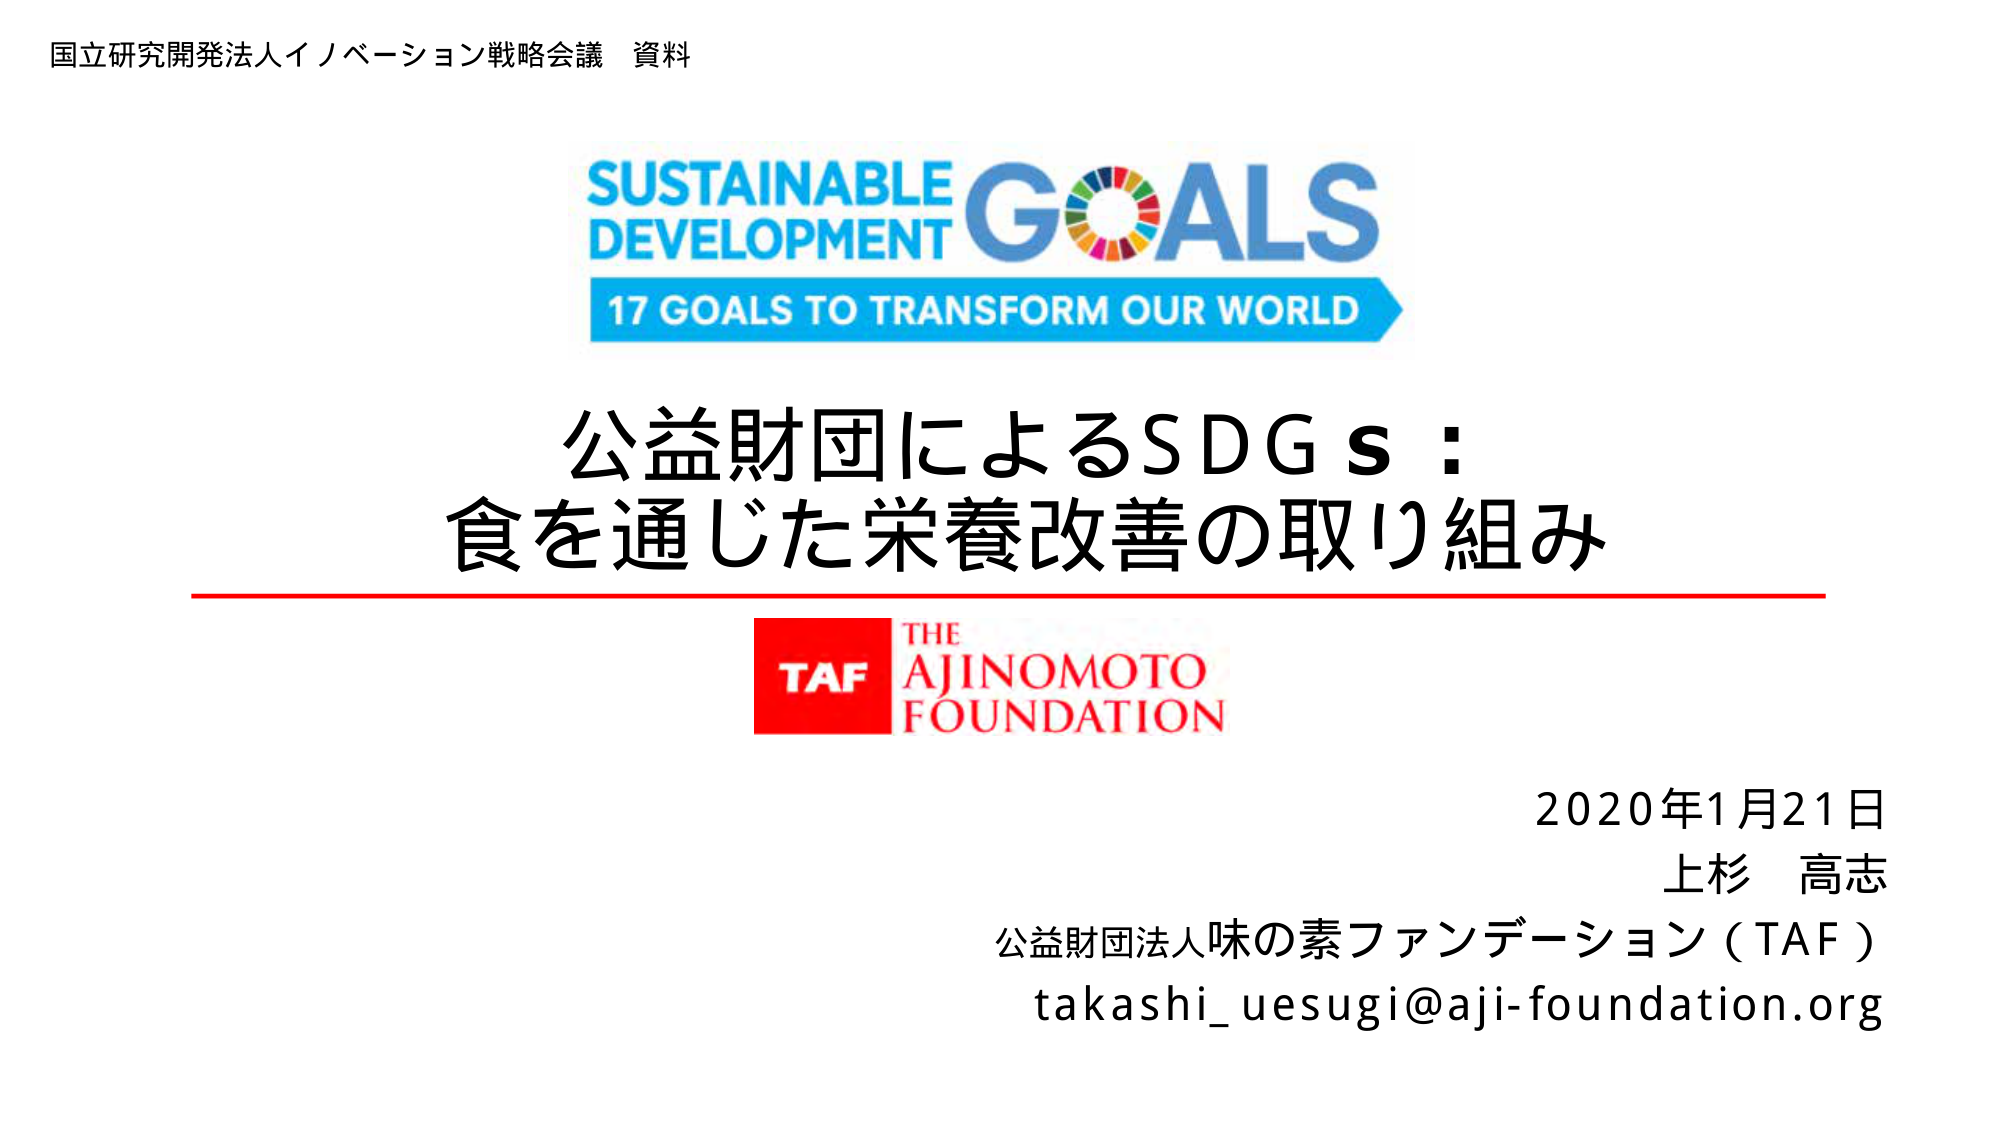
国立研究開発法人イノベーション戦略会議 資料

SUSTAINABLE DEVELOPMENT GOALS
17 GOALS TO TRANSFORM OUR WORLD

公益財団によるSDGs：
食を通じた栄養改善の取り組み

TAF THE AJINOMOTO FOUNDATION

2020年1月21日
上杉 高志
公益財団法人味の素ファンデーション（TAF）
takashi_uesugi@aji-foundation.org